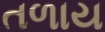
તળાય